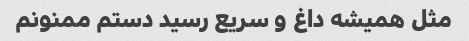
مثل همیشه داغ و سریع رسید دستم ممنونم